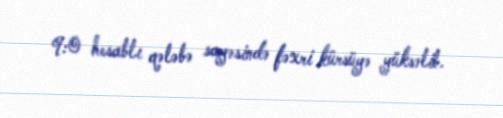
9:0 hesablı qələbə sayəsində fəxri kürsüyə yüksəlib.